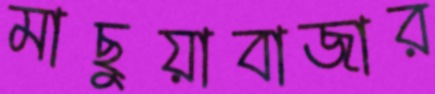
মাছুয়াবাজার